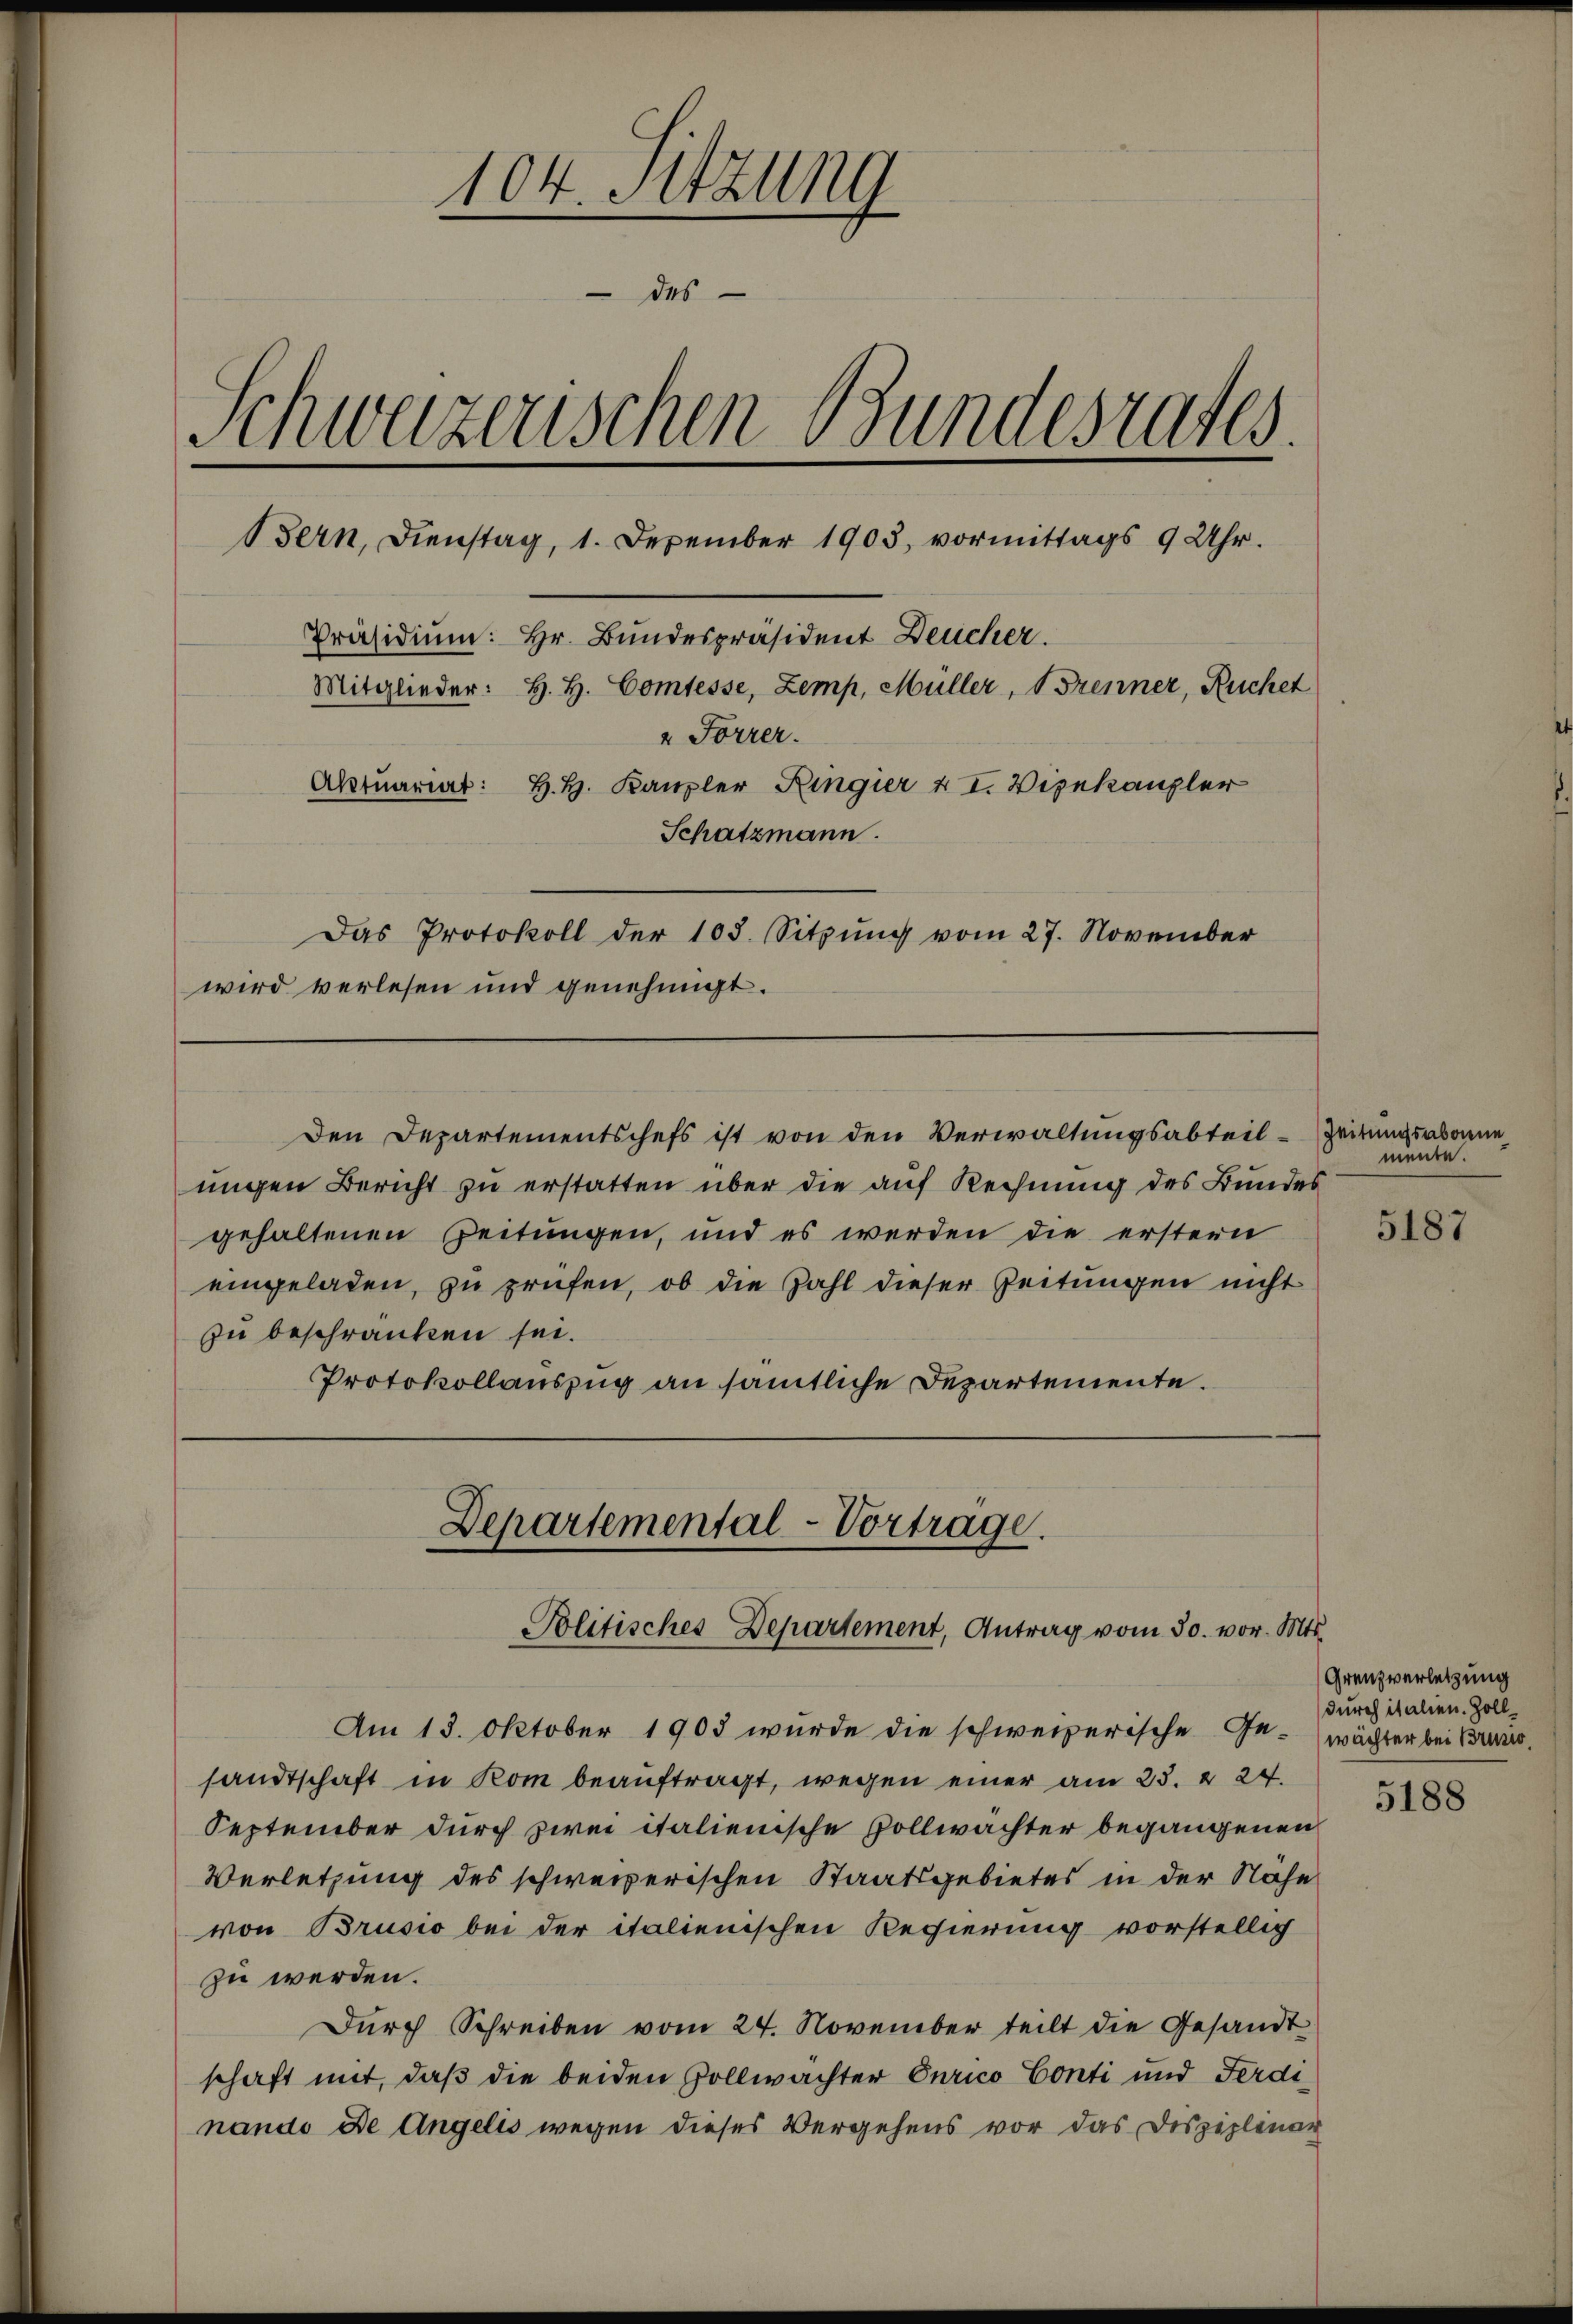
104. Sitzung
des
Schweizerischen Bundesrates
Bern, Dienstag, 1. Dezember 1903, vormittags 9 Uhr.
Präsidium: Hr. Bundespräsident Deucher.
Mitglieder: H. H. Comtesse, Zemp, Müller, Trenner, Ruchet
" Forrer.
Aktuariat: H. H. Kanzler Ringier u. I. Vizekanzler
Schatzmann.
Das Protokoll der 103. Sitzung vom 27. November
wird verlesen und genehmigt.

Den Departementschefs ist von den Verwaltungsabteil-Zeitungsabonne

Departemental-Vortrage.
Politisches Departement, Antrag vom 30. vor. Mts.

Am 13. Oktober 1903 wurde die schweizerische Ge- wächter bei Bruno,
sandtschaft in Kom beauftragt, wegen einer am 23. 224.
September durch zwei italienische Zollwachter begangenen
Verletzung des schweizerischen Staatsgebietes in der Nähe
von Brusio bei der italienischen Regierung vorstellig
zu werden.
Dŭrch Schreiben vom 24. November teilt die Gesandt
schaft mit, daß die beiden Vollwächter Curico Conti und Ferdi
nando de Angelis wegen dieses Vergehens vor das Disziplenar

ungen Bericht zu erstatten über die auf Rechnung des Bundes
gehaltenen Zeitungen, und es werden die erstern
eingeladen, zu prüfen, ob die Zahl dieser Zeitungen nicht
zu beschränken sei.
Protokollauszug an sämtliche Departemente.

mente.

5187

Grenzverletzung
durch italien. Zoll¬

5188